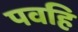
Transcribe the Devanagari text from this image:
पवहि